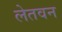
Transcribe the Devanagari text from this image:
लेतवन